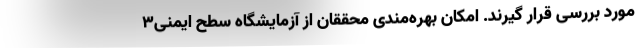
مورد بررسی قرار گیرند. امکان بهره‌مندی محققان از آزمایشگاه سطح ایمنی۳